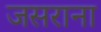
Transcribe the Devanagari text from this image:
जसराना